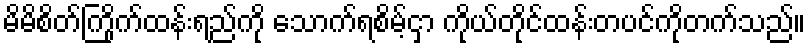
မိမိစိတ်ကြိုက်ထန်းရည်ကို သောက်ရစိမ့်ငှာ ကိုယ်တိုင်ထန်းတပင်ကိုတက်သည်။